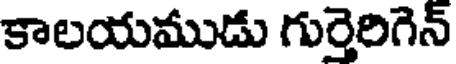
కాలయముడు గుర్తెరిగెన్